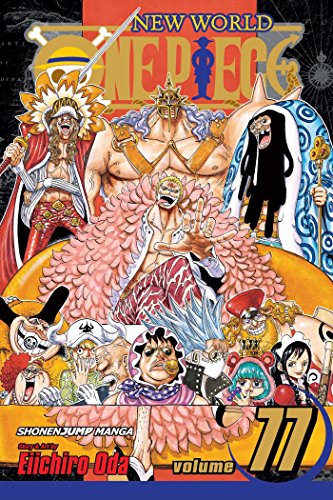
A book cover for One Piece, Vol. 77; Eiichiro Oda; Comics & Graphic Novels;